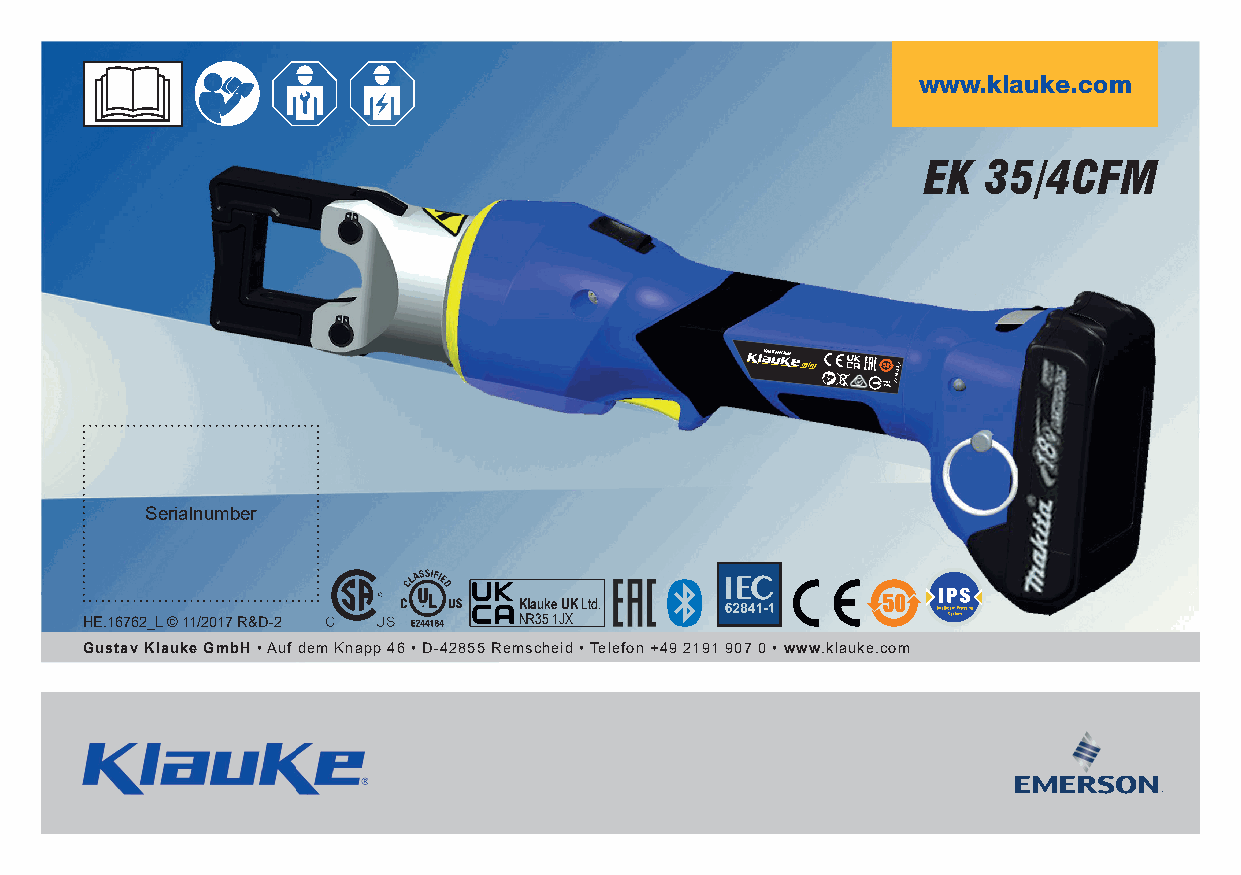
www.klauke.com
 EK  35/4CFM
 Next Generation
 TR3o0H0S01HE.16759_E
 Serialnumber
 Klauke UK Ltd.
 HE.16762_L © 11/2017 R&D-2   NR35 1JX
 Gustav Klauke GmbH • Auf dem Knapp 46 • D-42855 Remscheid • Telefon +49 2191 907 0 • www.klauke.com